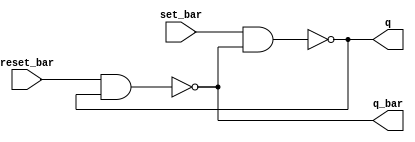
module SR_latch (
    output q,
    output q_bar,
    input set_bar,
    input reset_bar
);

nand n1(q, set_bar, q_bar);
nand n2(q_bar, reset_bar, q);

endmodule